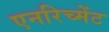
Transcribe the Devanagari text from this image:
एनरिच्मेंट